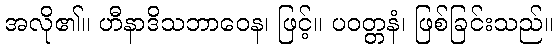
အလို၏။ ဟီနာဒိသဘာဝေန၊ ဖြင့်။ ပဝတ္တနံ၊ ဖြစ်ခြင်းသည်။